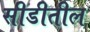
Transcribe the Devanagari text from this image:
सीडीतील